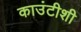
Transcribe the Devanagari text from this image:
काउंटीशी